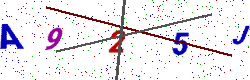
Text: A925J